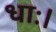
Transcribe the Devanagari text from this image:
धाः।